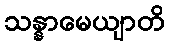
သန္နာမေယျာတိ